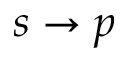
{ s \rightarrow p }